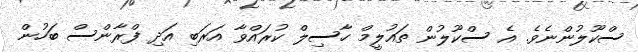
ސްކޫލުންނެވެ. އެ ސްކޫލުން ތައުލީމް ހާސިލް ކުރައްވާ އަރަބި އަދި ފްރާންސް ބަހުން